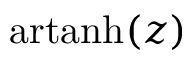
\operatorname { a r t a n h } ( z )